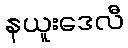
နယူးဒေလီ